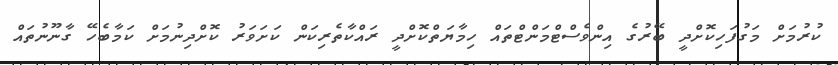
ކުރުމަށް މަގުފަހިކޮށްދީ ބޭރުގެ އިންވެސްޓްމަންޓްތައް ހިމާޔަތްކޮށްދީ ރައްކާތެރިކަން ކަށަވަރު ކޮށްދިނުމަށް ކަމާބެހޭ ގާނޫނުތައް